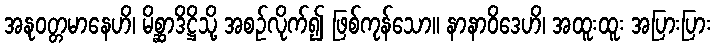
အနုဝတ္တမာနေဟိ၊ မိစ္ဆာဒိဋ္ဌိသို့ အစဉ်လိုက်၍ ဖြစ်ကုန်သော။ နာနာဝိဒေဟိ၊ အထူးထူး အပြားပြား